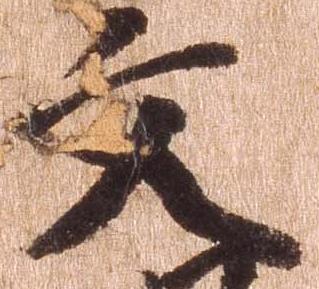
文